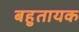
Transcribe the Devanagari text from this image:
बहुतायक